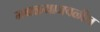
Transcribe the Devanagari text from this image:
मथळ्याजवळील